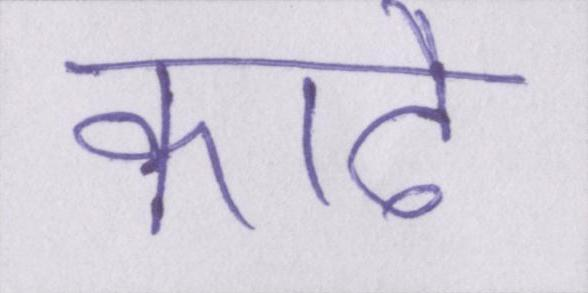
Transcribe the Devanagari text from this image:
काढै